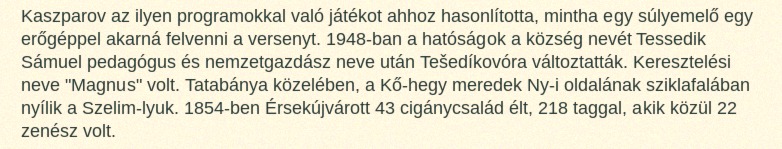
Kaszparov az ilyen programokkal való játékot ahhoz hasonlította, mintha egy súlyemelő egy erőgéppel akarná felvenni a versenyt. 1948-ban a hatóságok a község nevét Tessedik Sámuel pedagógus és nemzetgazdász neve után Tešedíkovóra változtatták. Keresztelési neve "Magnus" volt. Tatabánya közelében, a Kő-hegy meredek Ny-i oldalának sziklafalában nyílik a Szelim-lyuk. 1854-ben Érsekújvárott 43 cigánycsalád élt, 218 taggal, akik közül 22 zenész volt.